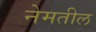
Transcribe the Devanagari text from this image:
नेमतील